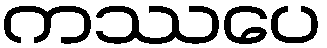
ကဿပေ